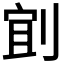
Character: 𫦄